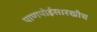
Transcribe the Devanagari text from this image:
पाणपोईसारखीच